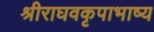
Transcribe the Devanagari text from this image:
श्रीराघवकृपाभाष्य